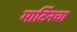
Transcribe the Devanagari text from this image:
मार्टिनचा